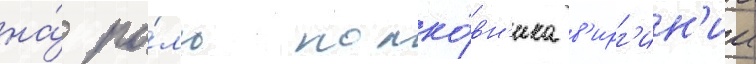
на́ ро́ль полко́вн'ика в'ирг'ин'ии